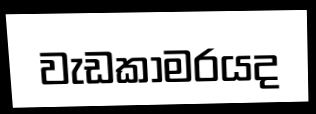
වැඩකාමරයද